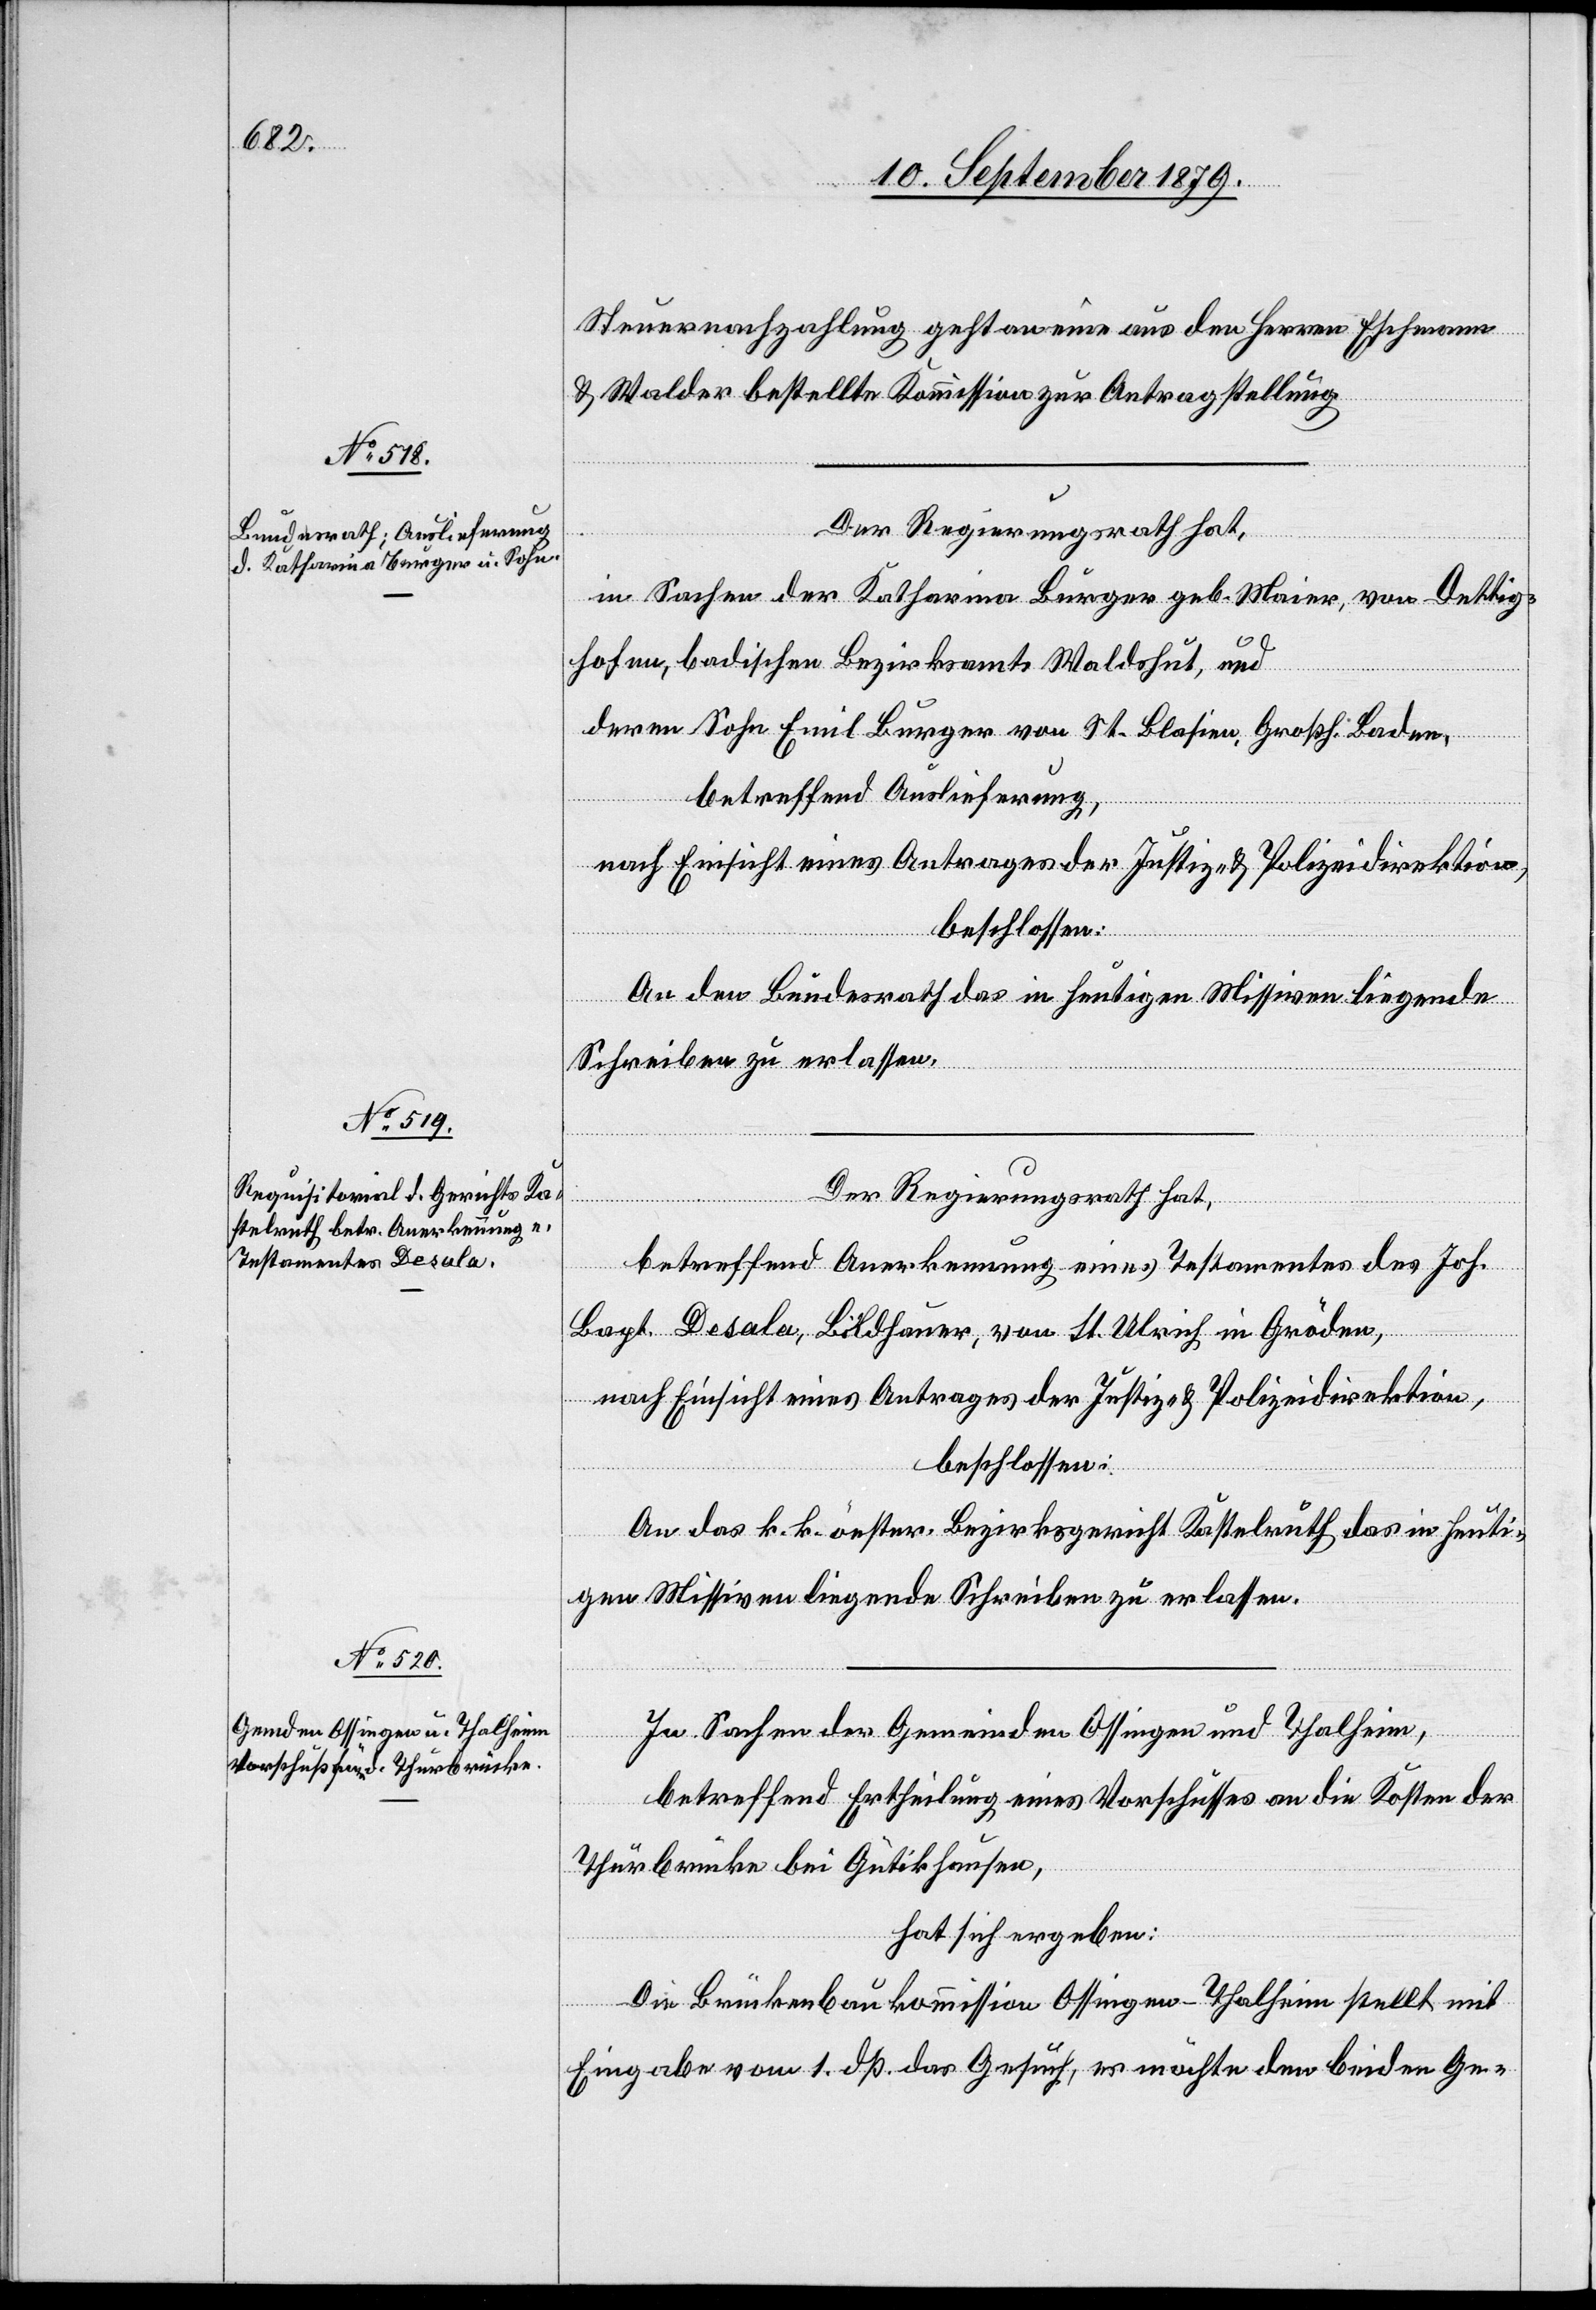
Steuernachzahlung geht an eine aus den Herren Eschmann
& Walder bestellte Kommission zur Antragstellung.
Der Regierungsrath hat,
in Sachen der Katharina Burger geb. Maier, von Dettig¬
hofen, badischen Bezirksamts, Waldshut, und
deren Sohn Emil Burger von St. Blasien, Großh. Baden,
betreffend Auslieferung,
nach Einsicht eines Antrages der Justiz- & Polizeidirektion,
beschlossen:
An den Bundesrath das in heutigen Missiven liegende
Schreiben zu erlassen.
heuti¬
Der Regierungsrath hat,
betreffend Anerkennung eines Testamentes des Joh.
Bapt. Desala, Bildhauer, von St. Ulrich in Gröden,
nach Einsicht eines Antrages der Justiz- & Polizeidirektion,
beschlossen:
gen Missiven liegende Schreiben zu erlassen.
In Sachen der Gemeinden Ossingen und Thalheim,
betreffend Ertheilung eines Vorschusses an die Kosten der
Thurbrücke bei Gütikhausen,
k.
hat sich ergeben:
Die Brückenbaukommission Ossingen-Thalheim stellt mit
Eingabe vom 1. dß das Gesuch, es möchte den beiden Ge-